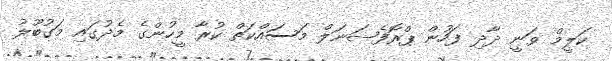
ކަލީމް ވަނީ ދާދި ފަހުން ޕްރޮފެޝަނަލް މަސައްކަތް ކުރާ މީހުންގެ މެދުގައި މަގުބޫލު